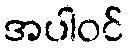
အပါဝင်